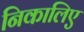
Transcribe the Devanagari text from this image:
निकालिए